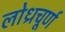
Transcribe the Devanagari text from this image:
लोध्रचूर्ण